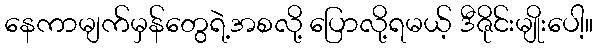
နေကာမျက်မှန်တွေရဲ့အစလို့ ပြောလို့ရမယ့် ဒီဇိုင်းမျိုးပေါ့။